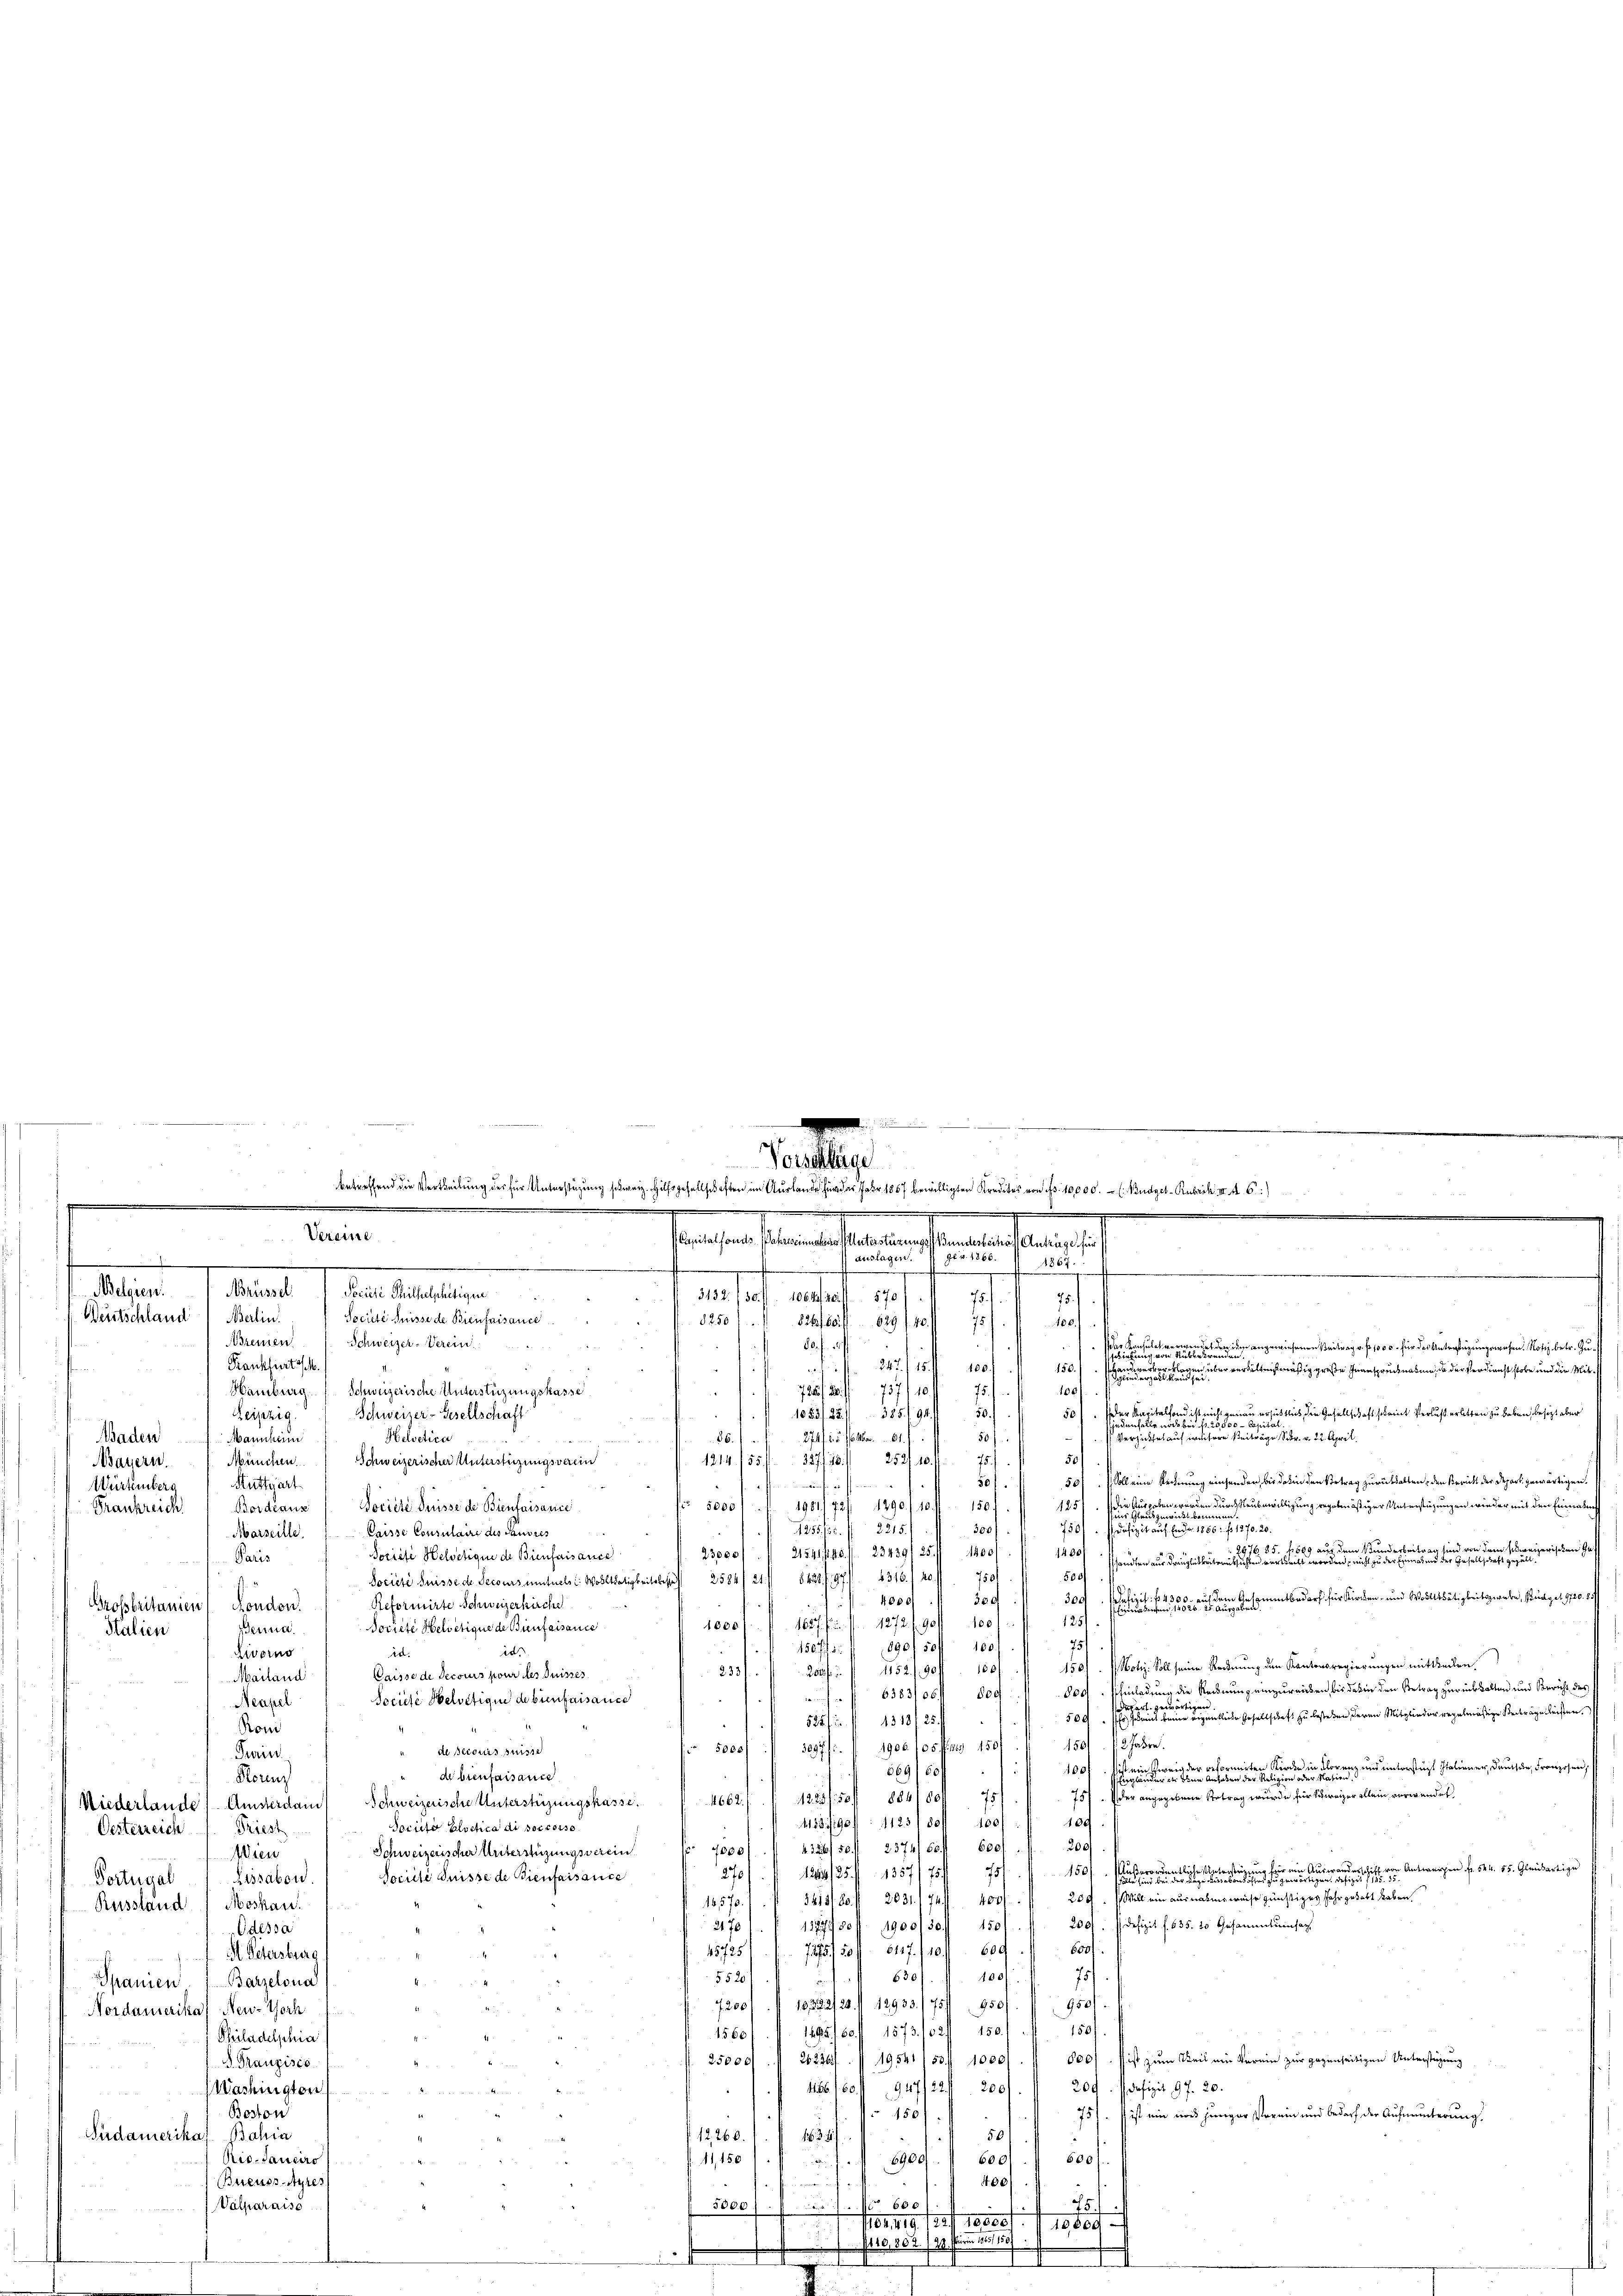
2 25
.
Krankfurt sch
fütte 247 f 100
150.
ogen über verhältnißmäßig große Inanspruchnatum, da der Verdienst stole und die Mit¬
737/10
75.
Schweizerische Unterstüzungskasse
100
Hamburg.
72 f. 2
d
a
nicht genau ersuchtlich, die Gesellschaft scheint Verlust erlitten zu haben, besitzt aber
1625 f. 28. 385 f. 94. 50
Schweizer-Gesellschaft
Leipzig
u
50 000
274/12. 761. 61.
träge, Sr. v. 22. April.
50)
 eise auf die
Helvetica
Baden Mannheim
80.
1214. 155 f. 327./18. 252. 10
.
München.
Bayern.
Schweizerischer Unterstüzungsverein
 501 1 Soll eine Rechnung einsenden, bis dahin den Vertrag zurückhalten, den Bericht der Depart gewärtigen.
Stuttgart
tie fernen
Würtemberg
f 5000
durch Raubewilligung regeben istiger Unterstüzungen wieder mit den Einmalef
19873/ 1890 f 10. fl. 150 f.
Societe desse de Bienfaisance
1851 u.
Bordiaus
rankreich
n
300/. 7501. Defizit auf Ende 1886 f. 1270. 20.
125515 f 215.
Caisse Consulaire des Hausres
Marseille
23,000
2154, 410 f. 23439/25 f 1800       1400. Pfandten aus Brautleute

Société Helvetique de Bienfaisance
Paris
500/
Societe Suisse de Secours entuels : Wohlthätigkeits bis 2584/ 21/8 438 f. 97/ 4316. 140. 7501
300. Pfizit. f. 4300. auf dem Gesammtbedarf für Kirchen- und Wohlthätigkeitswehe, Bürger 720. 8
deg
4000
Reformirte Schweizerkirche
tanien Hondon.
125
1627 f. 1272 f. 90 f 1001.
1000
Societe Helvetique de Bienfaisance
erna
751
890/ 501 100.
180 ff.
id
Zorno
in.
150) Notiz: Soll seine Rednung den Kantonsregierungen mittheilen.
200fr. f. 1152 f. 90 f 180
233/
Caisse de Decours pour des Suisses
Mailand
800. Einladung die Rechnung einzureichen, bis daben den Betrag zurückkalten und Bericht des
6383/05800
u
Sociese Belvetique de bien faisance
Neapel
h
eigentliche Gesellschaft zu bestehen, deren Mitglieder regelmäßige Betrage leisten.
500
525fr. 1318125.
Roni
1501 13 Jahre
3097. 1906. 105 f 150
5000
de Beronis suisse
Turin
ranz und unterstüzt Italiener, deutun, Franzosen,
100f
669/50

de bienfaisance
Florenz
757 der angegebene Betrag wurde für Schweizer allein verwendet,
1223 f 50 f 88418075
662.
Schweizerische Unterstüzungskasse.
Niederlande. Amsterdam
100
183. 190 f: 1125 f 30 f 100
Soinita Bloctica di soccorso
Priest
ich:
200
432f 50 f 2374/50f 600
7800)
Schweizerischer Unterstüzungsverein
Wien
7
. Antrachen f. 52. 57. Gleinbartige
1884/25. 1357/75/
270
Socrili Suisse de Bienfaisance
Lissabon.
Fortugal
250. (Will ein ausnahmsweise günstiges sehr gehabt haben,
481. 80. fl. 2031. 74 ff. 400
16,570.
ussland) Moskau
2001. Defizit f. 635. 10 Gesammtumsag
2170
11779/801. 1900/30. 150
Odessa
45725/
600/
8117./10.
600
20/
M. Petersburg
75
100
630
5520
i
Spanien 1 Barzelona
950/
18,282/20. 12933./75/1950
7200
Nordamerikal New-York
150/
15801. 1. 1292. 60. 1573. 1020.
Philadelphia
800/. ist zum Weil ein Verein zur gegenseitigen Unterstüzung
25000. 2230 f. 19541/50. 1000
S. Trauzisco
209. defizit 97. 20.
1186. 160. 1947/224 200
Washington
Boston
75). Es ist ein eines jeniger Verein und bedarf der Aufmunterung
150)
Südamerikas Bahia
12268
55
u
Rio-Janeiro
 11, 150
600
600
6900.

400)
Bereuss-Ayres
aise

Valparaiss
3000
x
.
61419. 1221 10000 f. (1888
A110, 802. 129 für 1861, 1807
x

7
Aeleien.
Deutschland 1 Merlin

alien

.
.
Vorschlüge
betreffend die Vertheilung der für Unterstüzung schweiz. Hilfsgesellschaften im Ausler Jahr 1867 bewilligten Kredites von Fr. 10,000.- ( Budget-Rubrik III 46)

 .........................................
.

Vereine
Capitalfonds. Wahres einmalis Unterstüzungss Bundesbehört Anträge für
 v. 1865.
auslagen.
1867.
.
Brüssel. Societe Thilhelphitigen
aestalt diese
570/
1
d
75.
Societé Suisse de Bienfaisance
8250
100.
62/17
826 f. 86.
Bremen
Schweizer-Verein.
. f.

  angewiesenen Beitrag v. fr. 1000. für das Unterfügungswesen. Notiz betr. Gu¬